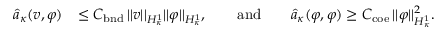
\begin{array} { r l } { \hat { a } _ { \kappa } ( v , \varphi ) } & { \leq C _ { \mathrm { b n d } } \, \lvert | v \rvert | _ { H _ { \kappa } ^ { 1 } } \lvert | \varphi \rvert | _ { H _ { \kappa } ^ { 1 } } , \qquad \mathrm { a n d } \qquad \hat { a } _ { \kappa } ( \varphi , \varphi ) \geq C _ { \mathrm { c o e } } \, \lvert | \varphi \rvert | _ { H _ { \kappa } ^ { 1 } } ^ { 2 } . } \end{array}